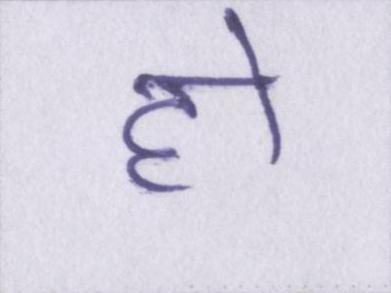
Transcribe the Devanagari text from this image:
हो